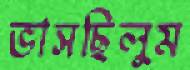
ভাসছিলুম